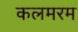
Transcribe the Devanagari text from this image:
कलमरम